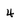
Character: 4